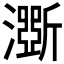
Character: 𤂊